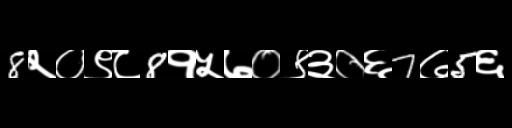
Text: 8२०९८8१५७०९३०६7७5६